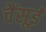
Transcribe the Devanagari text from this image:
चैंसूई